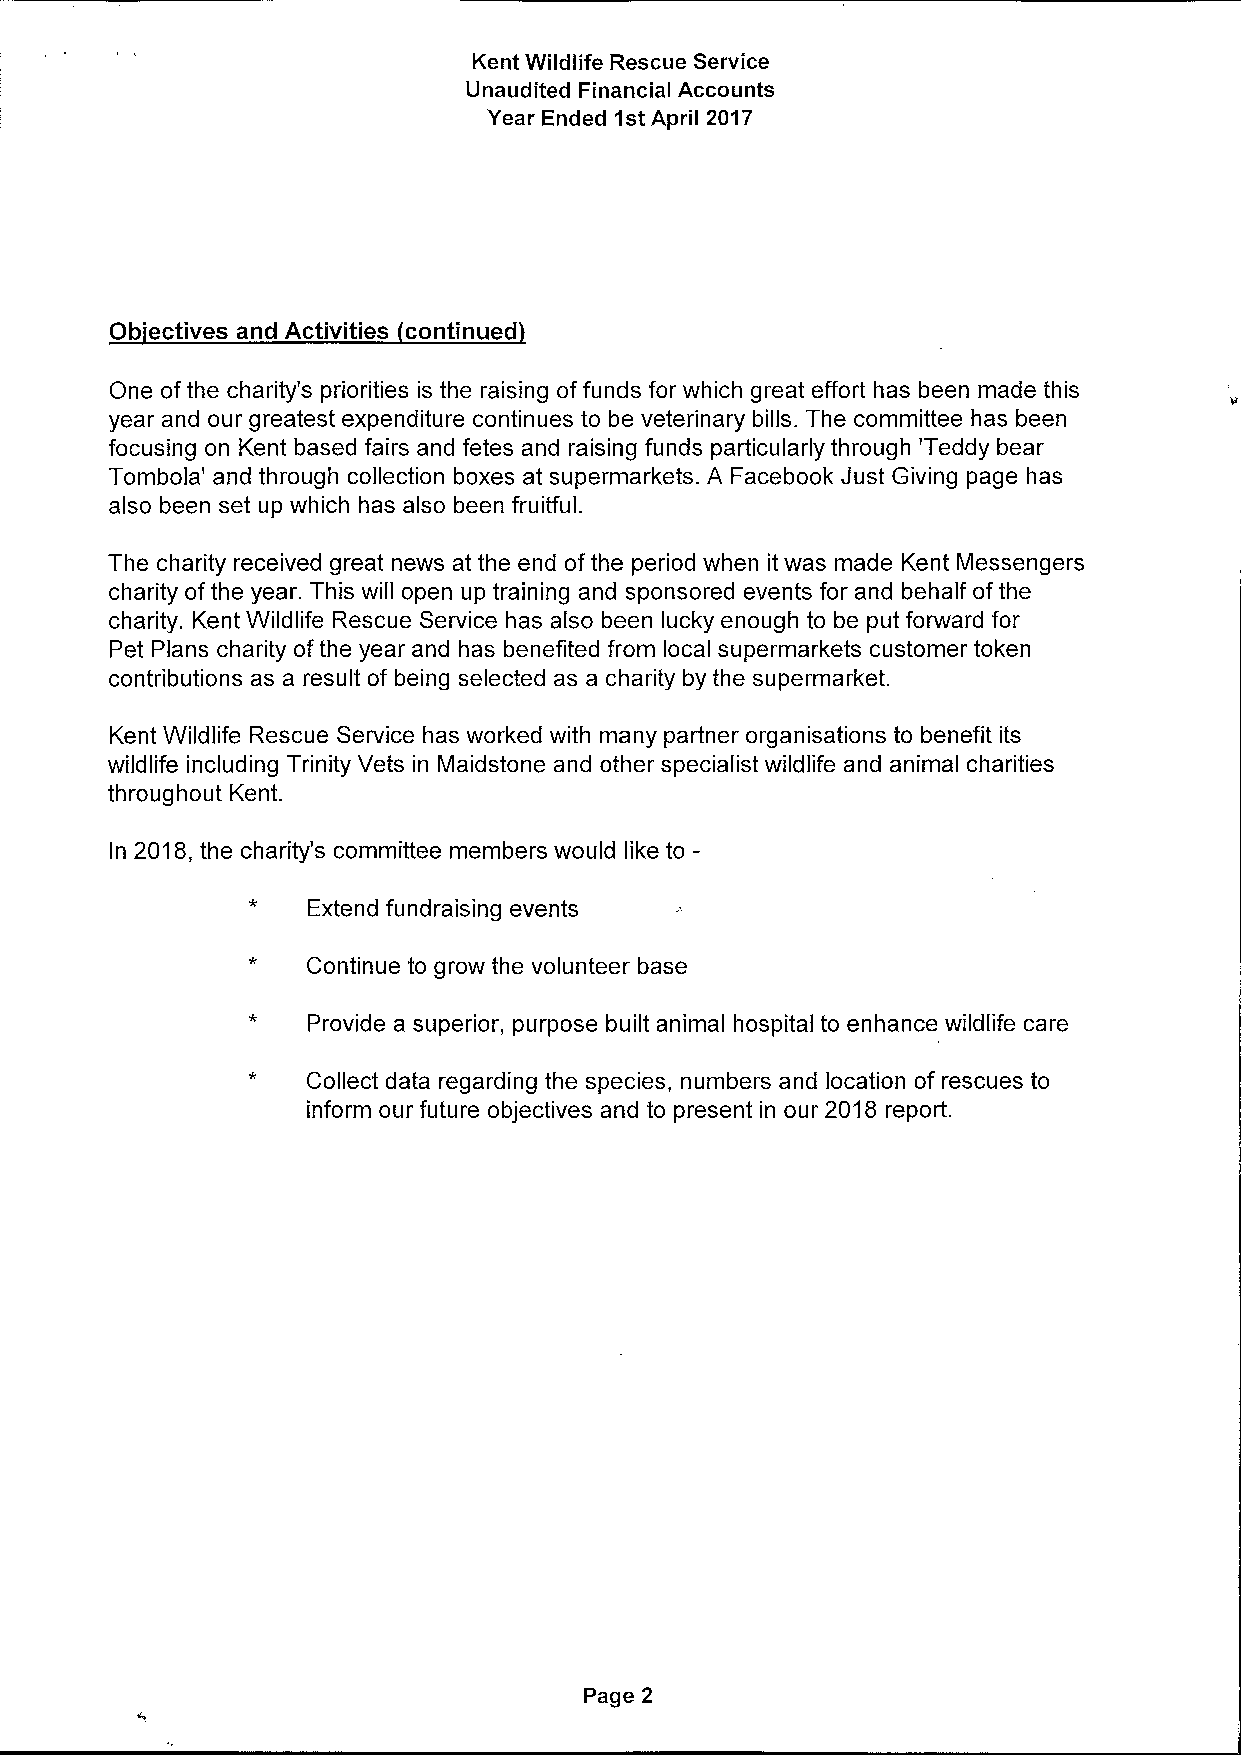
Kent Wildlife Rescue Service
 Unaudited Financial Accounts
 Year Ended 1stApril 2017
 Ob ectives and Activities continued
 One ofthe charity's priorities is the raising offunds for which great effort has been made this
 year and our greatest expenditure continues to be veterinary bills. The committee has been
 focusing on Kent based fairs and fetes and raising funds particularly through 'Teddy bear
 Tombola' and through collection boxes at supermarkets. A Facebook Just Giving page has
 also been set up which has also been fruitful.
 The charity received great news at the end ofthe period when it was made Kent Messengers
 charity ofthe year. This will open up training and sponsored events for and behalf ofthe
 charity. Kent Wildlife Rescue Service has also been lucky enough to be put forward for
 Pet Plans charity ofthe year and has benefited from local supermarkets customer token
 contributions as a result of being selected as a charity by the supermarket.
 Kent Wildlife Rescue Service has worked with many partner organisations to benefit its
 wildlife including Trinity Vets in Maidstone and other specialist wildlife and animal charities
 throughout Kent.
 In 2018,the charity's committee members would like to—
 Extend fundraising events
 Continue to grow the volunteer base
 Provide a superior, purpose built animal hospital to enhance wildlife care
 Collect data regarding the species, numbers and location of rescues to
 inform our future objectives and to present in our 2018 report.
 Page 2